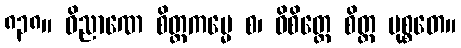
၈၃၈။ ဝိညာဏေ စိတ္တကမ္မေ စ၊ ဝိစိတ္တေ စိတ္တ မုစ္စတေ။